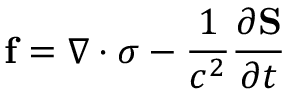
\mathbf { f } = \nabla \cdot { \boldsymbol { \sigma } } - { \frac { 1 } { c ^ { 2 } } } { \frac { \partial \mathbf { S } } { \partial t } } \,